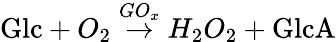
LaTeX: \mathrm{Glc}+O_{2}\stackrel{GO_{x}}{\rightarrow}H_{2}O_{2}+\mathrm{GlcA}